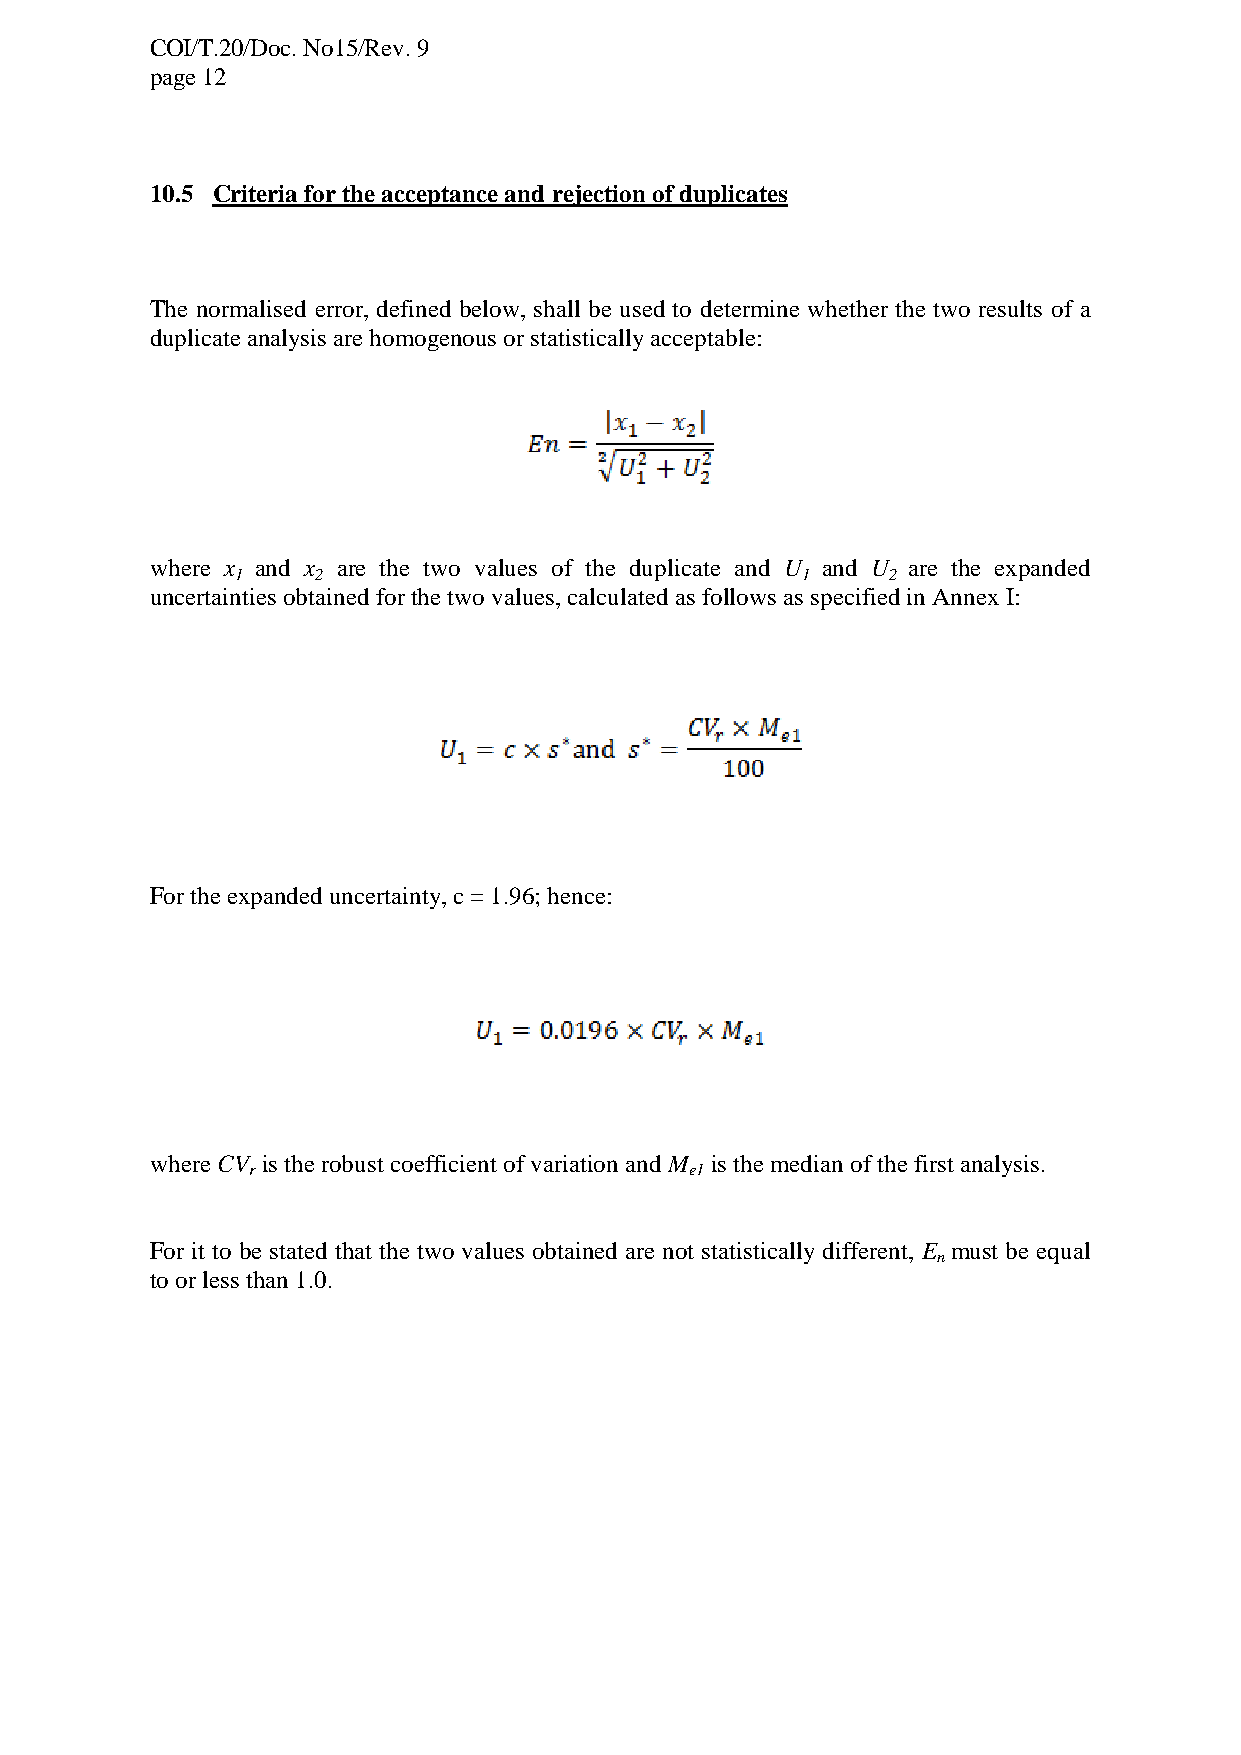
COI/T.20/Doc. No15/Rev. 9
 page 12
 10.5 Criteria for the acceptance and rejection of duplicates
 The normalised error, defined below, shall be used to determine whether the two results of a
 duplicate analysis are homogenous or statistically acceptable:
 where x and x are the two values of the duplicate and U and U are the expanded
 1    2                               1     2
 uncertainties obtained for the two values, calculated as follows as specified in Annex I:
 For the expanded uncertainty, c = 1.96; hence:
 where CV is the robust coefficient of variation and M is the median of the first analysis.
 r                             e1
 For it to be stated that the two values obtained are not statistically different, E must be equal
 n
 to or less than 1.0.